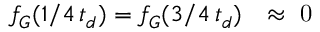
f _ { G } ( 1 / 4 \, t _ { d } ) = f _ { G } ( 3 / 4 \, t _ { d } ) \mathrm { ~ \ensuremath ~ { ~ \approx ~ 0 ~ } ~ }